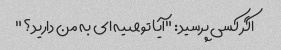
اگر کسی پرسید: "آیا توصیه ای به من دارید؟"